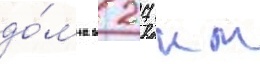
до́мна в 27 км